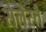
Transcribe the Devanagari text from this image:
सेलेस्ते